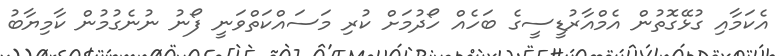
އެކަމާއި ގުޅޭގޮތުން އެމްއާރުޑީސީގެ ބަހެއް ހޯދުމަށް ކުރި މަސައްކަތްވަނީ ފޯނު ނުނެގުމުން ކާމިޔާބު